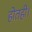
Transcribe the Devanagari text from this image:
होतही।